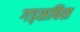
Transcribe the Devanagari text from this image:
गड्सबिस